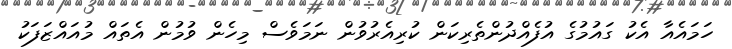
ހަމައެއާ އެކު ގައުމުގެ އުފެއްދުންތެރިކަން ކުރިއެރުވުން ނަމަވެސް މިހެން ވުމުން އެތައް މުއައްޒަފަކު